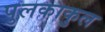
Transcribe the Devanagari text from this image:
पुलकाकुल